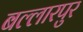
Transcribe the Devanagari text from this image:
बल्लारपुर